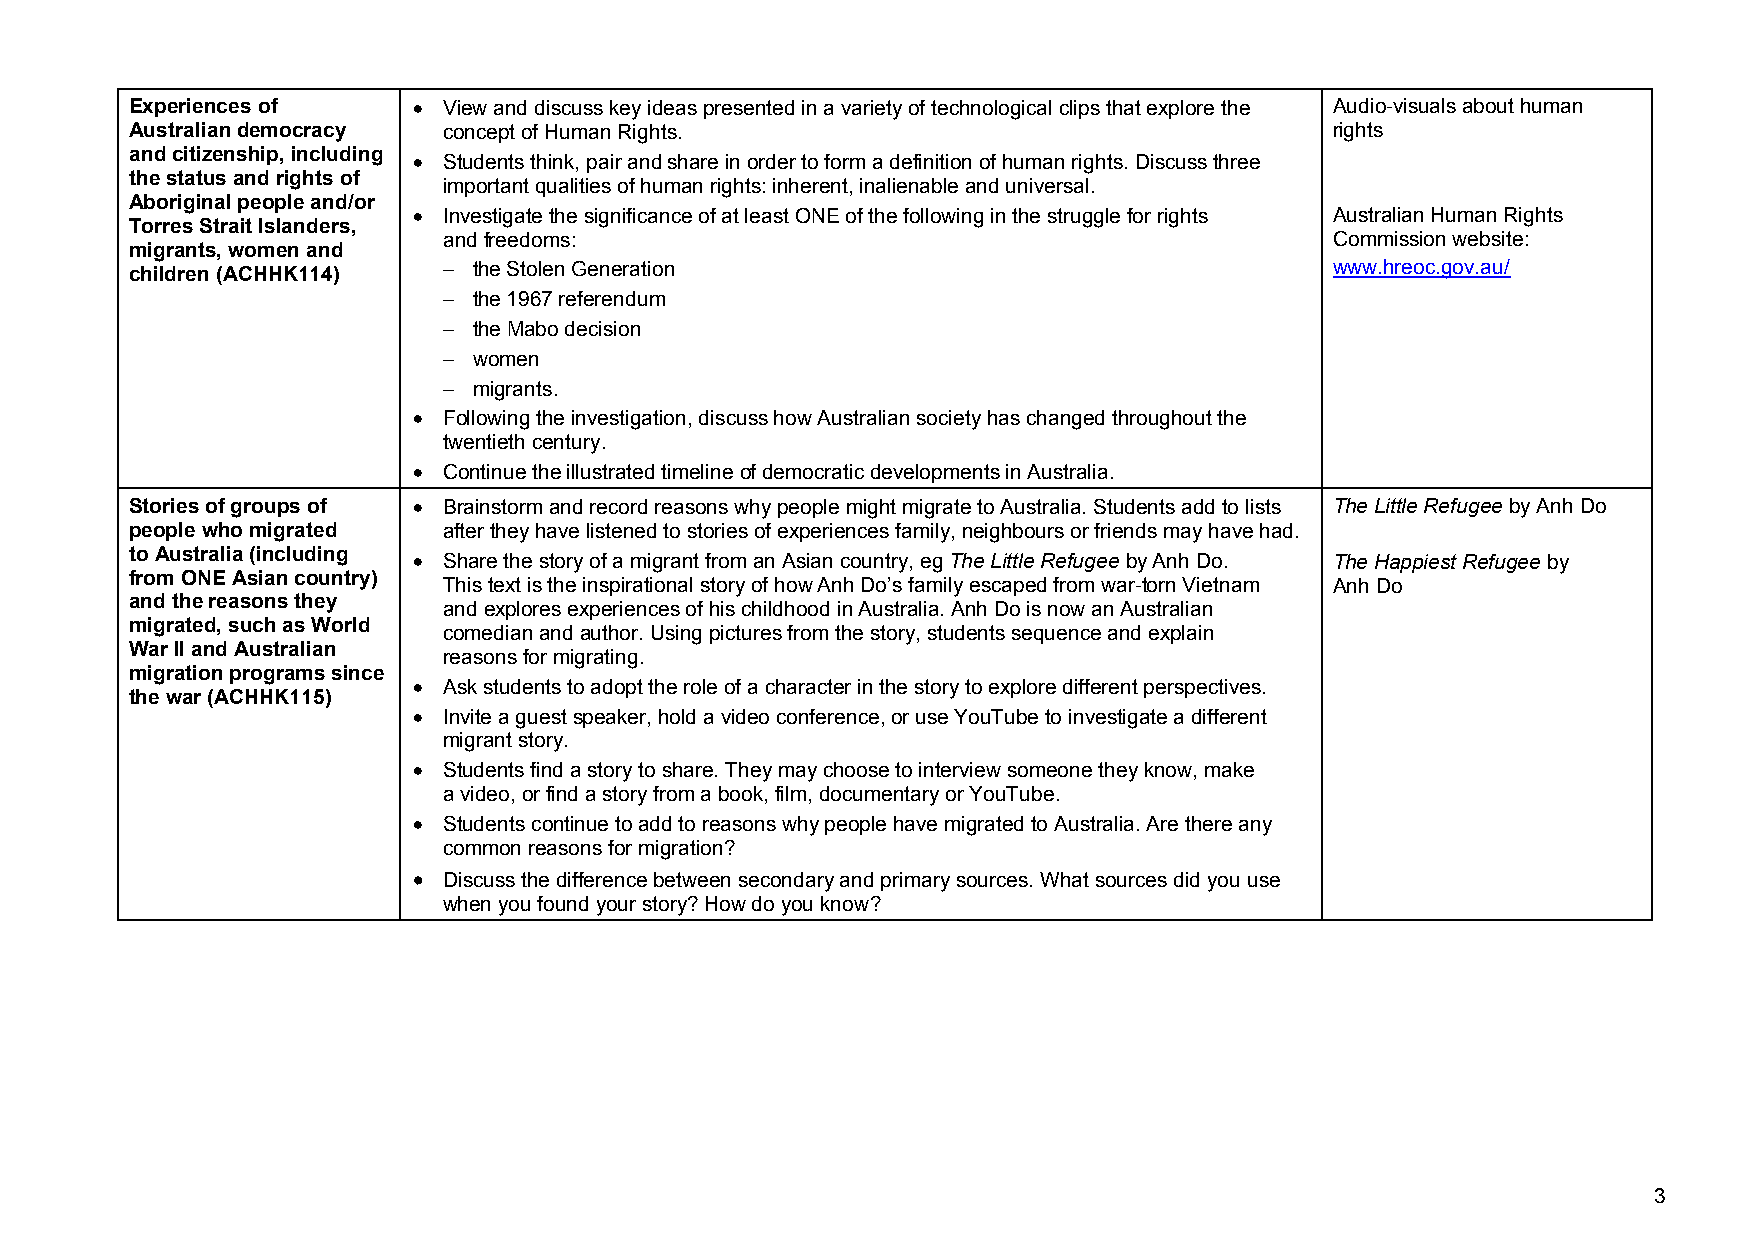
Experiences of    • View and discuss key ideas presented in a variety of technological clips that explore the Audio-visuals about human
 Australian democracy concept of Human Rights.                                  rights
 and citizenship, including
 • Students think, pair and share in order to form a definition of human rights. Discuss three
 the status and rights of
 important qualities of human rights: inherent, inalienable and universal.
 Aboriginal people and/or
 • Investigate the significance of at least ONE of the following in the struggle for rights Australian Human Rights
 Torres Strait Islanders,
 and freedoms:                                              Commission website:
 migrants, women and
 children (ACHHK114) − the Stolen Generation                                    www.hreoc.gov.au/
 − the 1967 referendum
 − the Mabo decision
 − women
 − migrants.
 • Following the investigation, discuss how Australian society has changed throughout the
 twentieth century.
 • Continue the illustrated timeline of democratic developments in Australia.
 Stories of groups of • Brainstorm and record reasons why people might migrate to Australia. Students add to lists The Little Refugee by Anh Do
 people who migrated after they have listened to stories of experiences family, neighbours or friends may have had.
 to Australia (including
 • Share the story of a migrant from an Asian country, eg The Little Refugee by Anh Do. The Happiest Refugee by
 from ONE Asian country)
 This text is the inspirational story of how Anh Do’s family escaped from war-torn Vietnam Anh Do
 and the reasons they
 and explores experiences of his childhood in Australia. Anh Do is now an Australian
 migrated, such as World
 comedian and author. Using pictures from the story, students sequence and explain
 War II and Australian
 reasons for migrating.
 migration programs since
 • Ask students to adopt the role of a character in the story to explore different perspectives.
 the war (ACHHK115)
 • Invite a guest speaker, hold a video conference, or use YouTube to investigate a different
 migrant story.
 • Students find a story to share. They may choose to interview someone they know, make
 a video, or find a story from a book, film, documentary or YouTube.
 • Students continue to add to reasons why people have migrated to Australia. Are there any
 common reasons for migration?
 • Discuss the difference between secondary and primary sources. What sources did you use
 when you found your story? How do you know?
 3